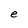
Character: e